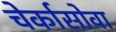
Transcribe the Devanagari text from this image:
चेर्कासोवा